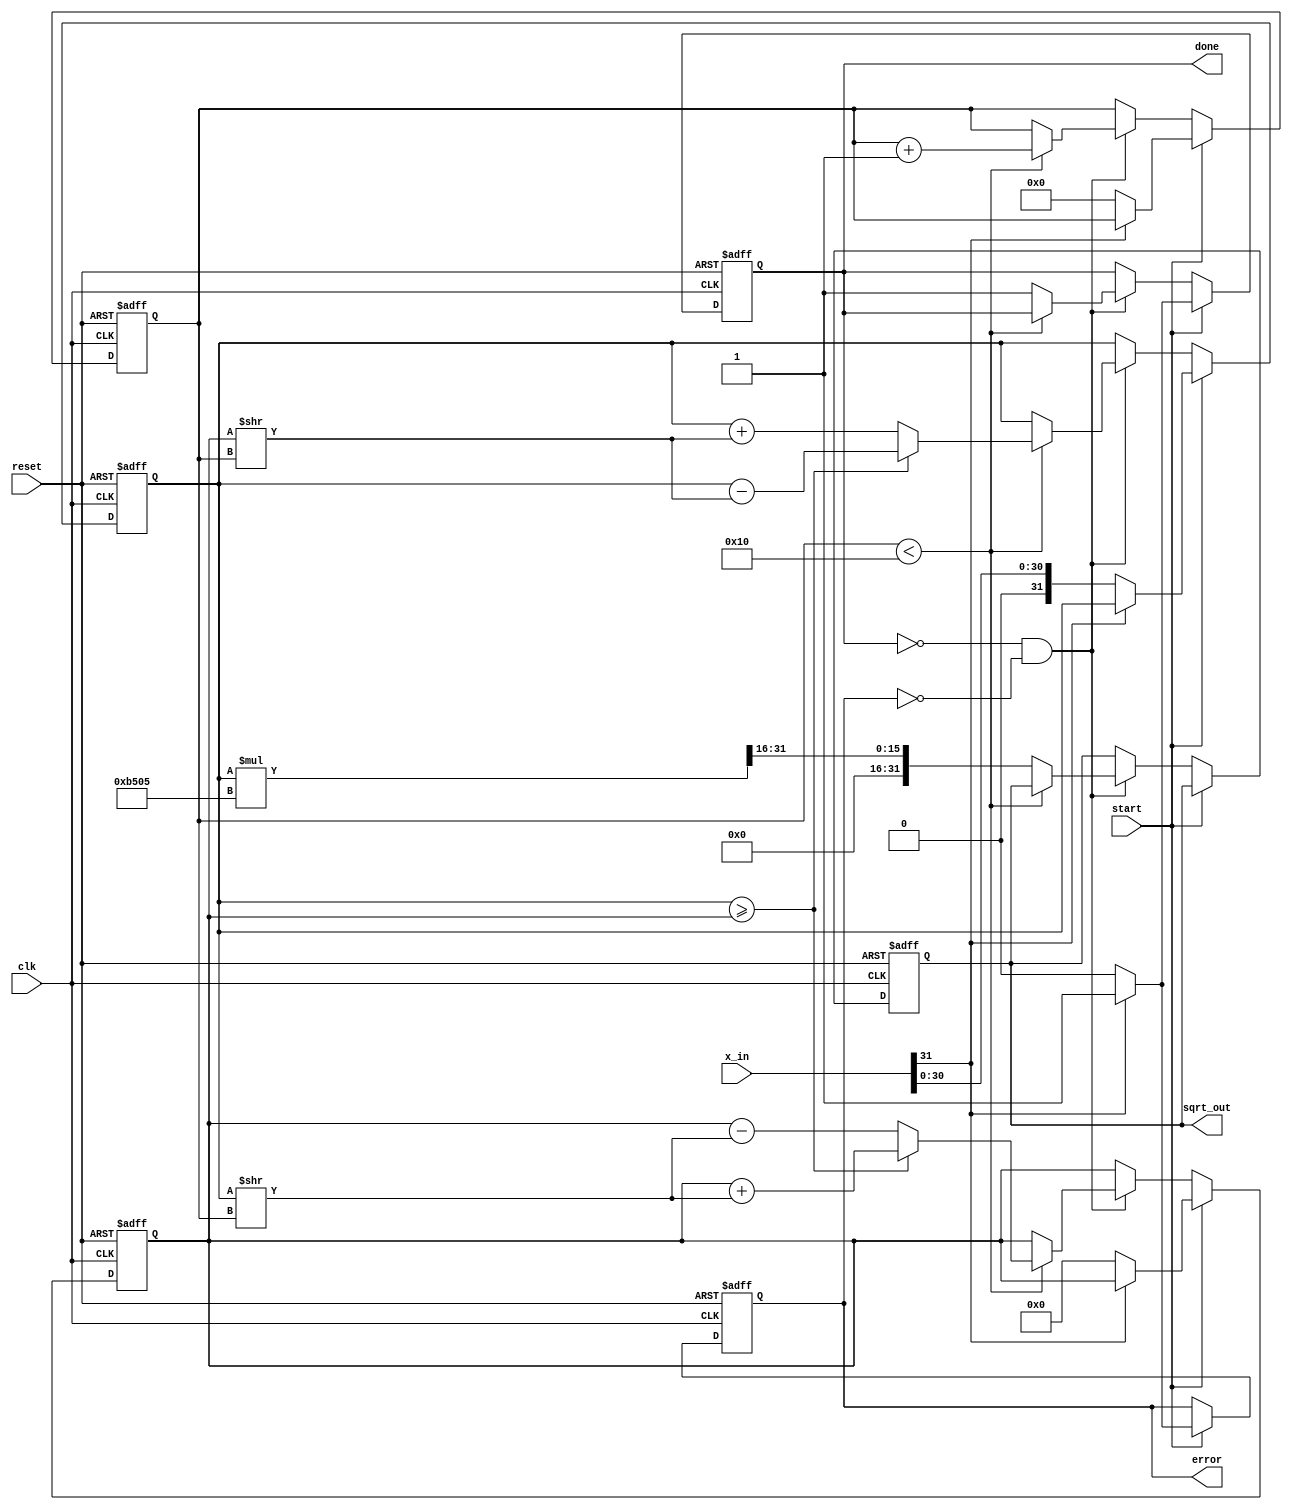
module cordic_sqrt (
    input clk,               // Clock signal
    input reset,             // Reset signal
    input [31:0] x_in,      // Input value for which we compute the square root
    input start,            // Start signal for the computation
    output reg [31:0] sqrt_out, // Output of the computed square root
    output reg done,        // Done signal indicating the completion of the calculation
    output reg error        // Error signal for invalid inputs (like negative values)
);

    parameter NUM_ITERATIONS = 16;   // Number of CORDIC iterations
    parameter K = 32'hB505;          // Gain compensation constant (K = 1/sqrt(2))
    reg [31:0] xi;                   // Current x value (initially input)
    reg [31:0] yi;                   // Current y value (initially 0)
    reg [31:0] angle;                // Angle accumulator
    reg [3:0] iteration;             // Current iteration count
    reg [31:0] atan_table [0:NUM_ITERATIONS-1]; // Arctangent lookup table

    // Initialize arctangent values for CORDIC
    initial begin
        atan_table[0] = 32'h3243F6A9; // atan(1)
        atan_table[1] = 32'h1DAC6F73; // atan(1/2)
        atan_table[2] = 32'h1A626331; // atan(1/4)
        atan_table[3] = 32'h0FADF1D8; // atan(1/8)
        atan_table[4] = 32'h075B5A8A; // atan(1/16)
        // ... Fill rest of the table up to NUM_ITERATIONS
    end

    // FSM for CORDIC square root computation
    always @(posedge clk or posedge reset) begin
        if (reset) begin
            sqrt_out <= 32'b0;
            done <= 1'b0;
            error <= 1'b0;
            iteration <= 4'b0;
            xi <= 32'b0;
            yi <= 32'b0;
            angle <= 32'b0;
        end
        else if (start) begin
            if (x_in[31] == 1'b1) begin // Check for negative input
                error <= 1'b1; // Set error flag for negative input
                done <= 1'b1;   // Mark done
            end
            else begin
                error <= 1'b0; // Clear error
                xi <= x_in;    // Initialize x with input
                yi <= 32'b0;   // Initialize y to 0
                angle <= 32'b0; // Initialize angle
                iteration <= 4'b0; // Reset iteration counter
                done <= 1'b0; // Clear done flag
            end
        end
        else if (!done && !error) begin
            // CORDIC iterations for square root calculation
            if (iteration < NUM_ITERATIONS) begin
                // Rotation and vectoring process
                if (xi >= yi) begin
                    xi <= xi - (yi >> iteration);
                    yi <= yi + (xi >> iteration);
                    angle <= angle + atan_table[iteration];
                end
                else begin
                    xi <= xi + (yi >> iteration);
                    yi <= yi - (xi >> iteration);
                    angle <= angle - atan_table[iteration];
                end
                iteration <= iteration + 1; // Increment iteration count
            end
            else begin
                // Final compensation step
                sqrt_out <= (xi * K) >> 16; // Scale the result by K
                done <= 1'b1; // Mark computation as done
            end
        end
    end
endmodule